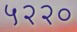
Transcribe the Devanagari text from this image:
५२२०